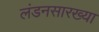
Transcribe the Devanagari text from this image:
लंडनसारख्या